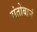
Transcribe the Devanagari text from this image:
संतोबानं